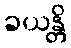
ခယန္တိ